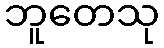
ဘူတေသု